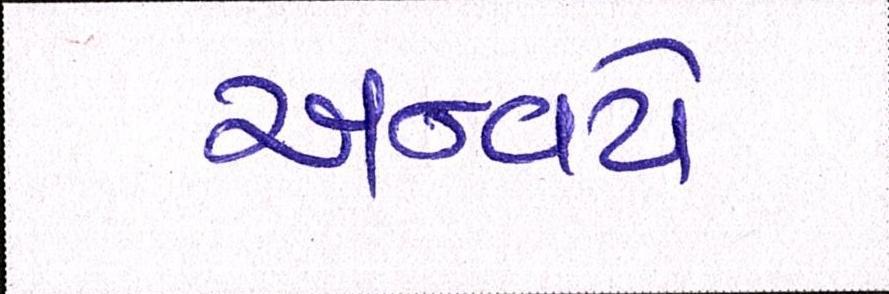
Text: અન્વયે